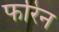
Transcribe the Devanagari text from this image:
फरिन